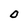
Character: O